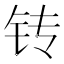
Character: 𲇲